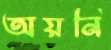
অয়নি